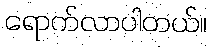
ရောက်လာပါတယ်။